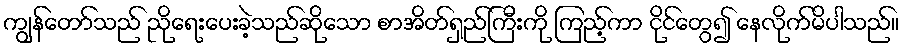
ကျွန်တော်သည် ညိုရေးပေးခဲ့သည်ဆိုသော စာအိတ်ရှည်ကြီးကို ကြည့်ကာ ငိုင်တွေ၍ နေလိုက်မိပါသည်။